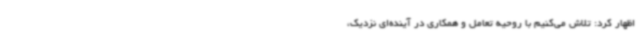
اظهار کرد: تلاش می‌کنیم با روحیه تعامل و همکاری در آینده‌ای نزدیک،